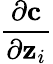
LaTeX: \frac{\partial\mathbf{c}}{\partial\mathbf{z}_{i}}